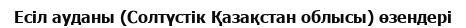
Есіл ауданы (Солтүстік Қазақстан облысы) өзендері